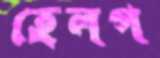
হেলপ